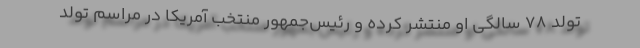
تولد ۷۸ سالگی او منتشر کرده و رئیس‌جمهور منتخب آمریکا در مراسم تولد